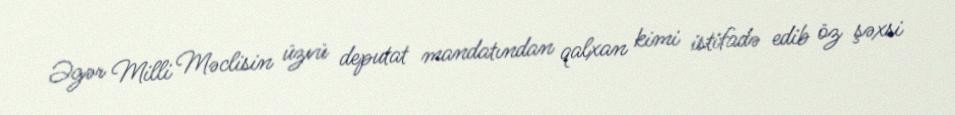
Əgər Milli Məclisin üzvü deputat mandatından qalxan kimi istifadə edib öz şəxsi